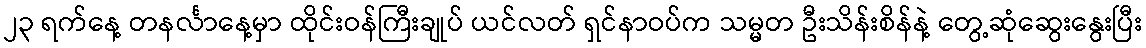
၂၃ ရက်နေ့ တနင်္လာနေ့မှာ ထိုင်းဝန်ကြီးချုပ် ယင်လတ် ရှင်နာဝပ်က သမ္မတ ဦးသိန်းစိန်နဲ့ တွေ့ဆုံဆွေးနွေးပြီး